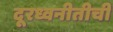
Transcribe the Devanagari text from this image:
दूरध्वनीतीची